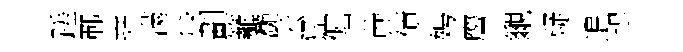
蹉鄆堯滿飛劃籬灧云猛倔蔗債娉譍覼疑追迟